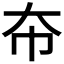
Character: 𫯜